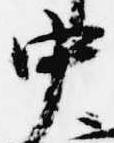
中